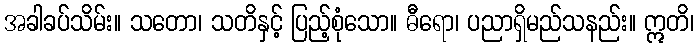
အခါခပ်သိမ်း။ သတော၊ သတိနှင့် ပြည့်စုံသော။ ဓီရော၊ ပညာရှိမည်သနည်း။ ဣတိ၊